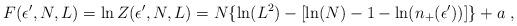
LaTeX: \begin{align*}F(\epsilon',N,L) = \ln Z(\epsilon',N,L) =N\{\ln (L^2) -[ \ln(N) -1 -\ln(n_+(\epsilon'))]\} + a \;,\end{align*}